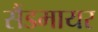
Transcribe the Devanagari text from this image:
सैंडमायर